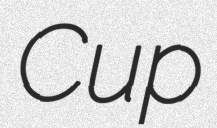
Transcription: Cup